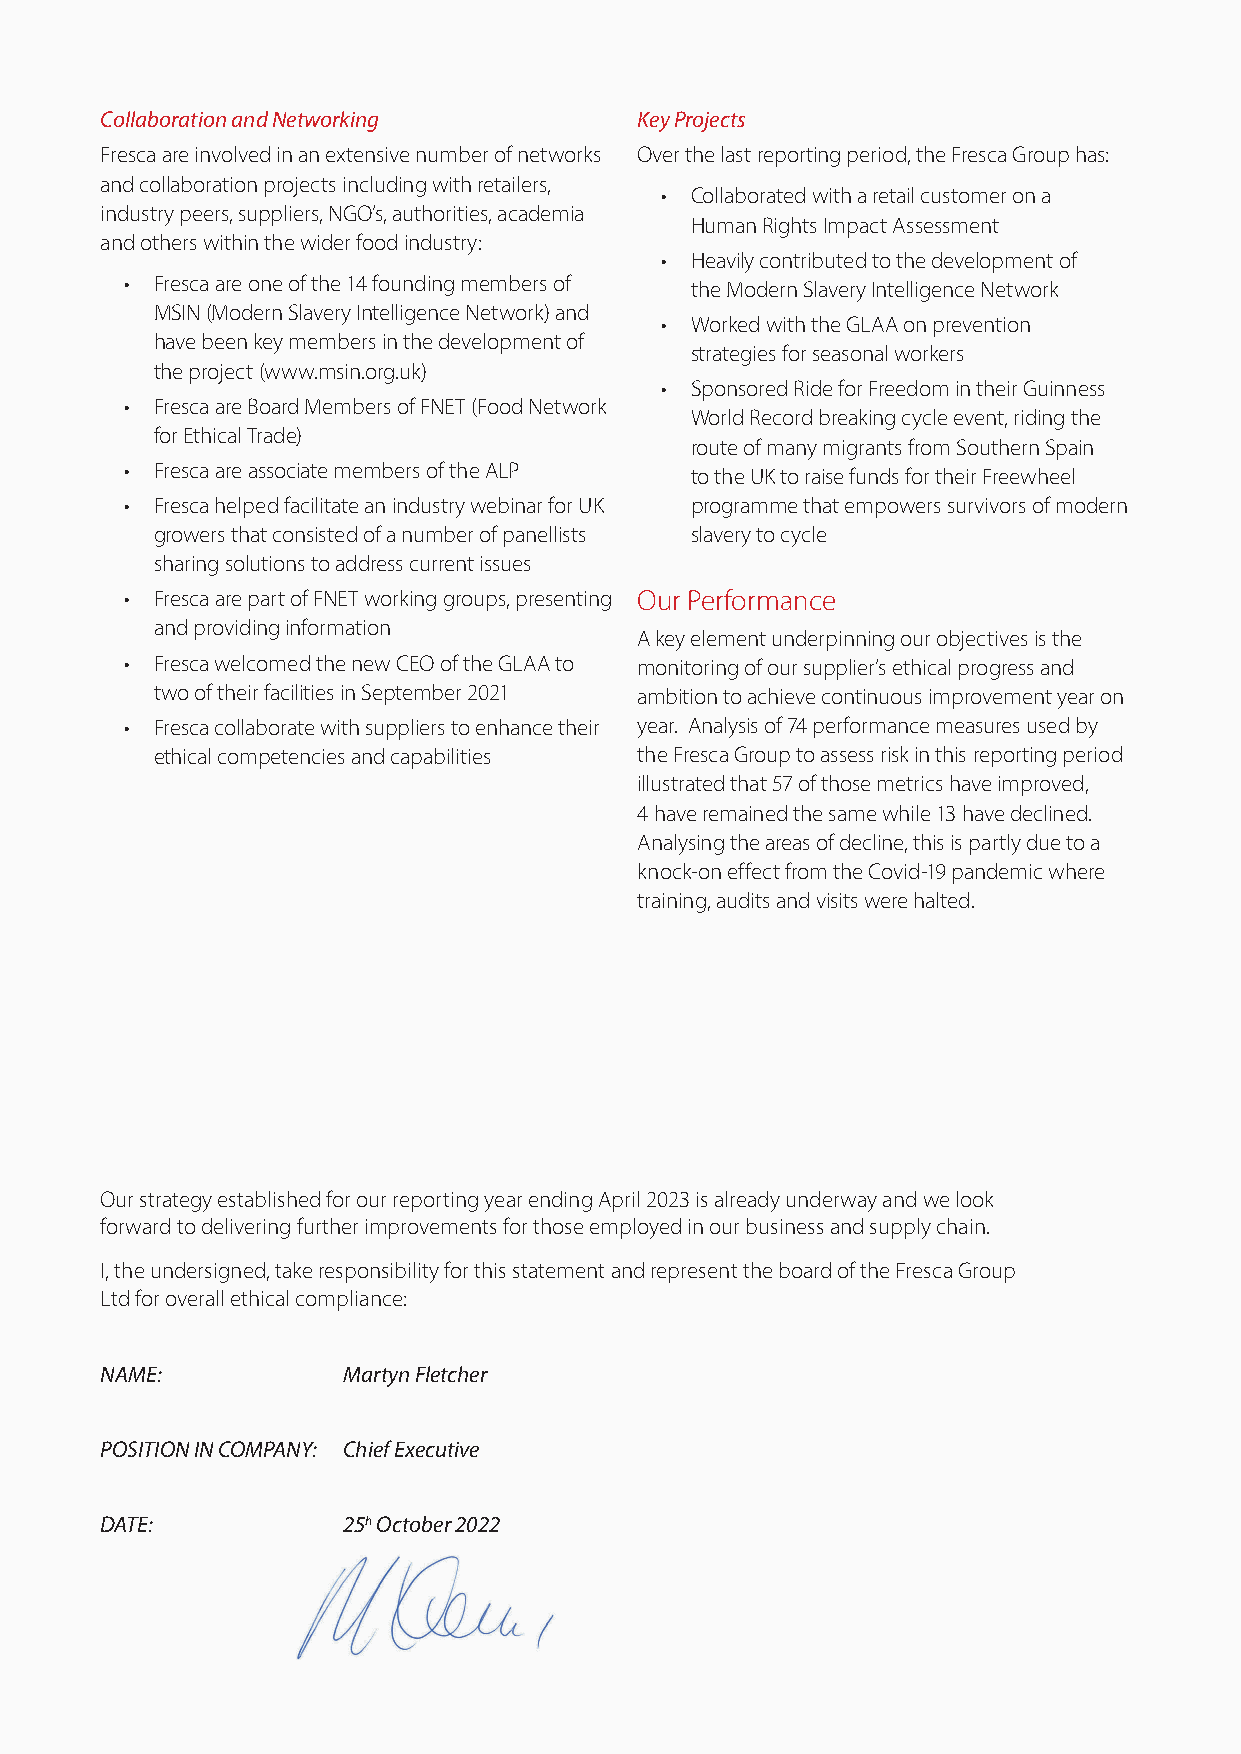
Collaboration and Networking       Key Projects
 Fresca are involved in an extensive number of networks Over the last reporting period, the Fresca Group has:
 and collaboration projects including with retailers,
 • Collaborated with a retail customer on a
 industry peers, suppliers, NGO’s, authorities, academia
 Human Rights Impact Assessment
 and others within the wider food industry:
 • Heavily contributed to the development of
 • Fresca are one of the 14 founding members of the Modern Slavery Intelligence Network
 MSIN (Modern Slavery Intelligence Network) and
 • Worked with the GLAA on prevention
 have been key members in the development of
 strategies for seasonal workers
 the project (www.msin.org.uk)
 • Sponsored Ride for Freedom in their Guinness
 • Fresca are Board Members of FNET (Food Network
 World Record breaking cycle event, riding the
 for Ethical Trade)
 route of many migrants from Southern Spain
 • Fresca are associate members of the ALP to the UK to raise funds for their Freewheel
 • Fresca helped facilitate an industry webinar for UK programme that empowers survivors of modern
 growers that consisted of a number of panellists slavery to cycle
 sharing solutions to address current issues
 • Fresca are part of FNET working groups, presenting Our Performance
 and providing information
 A key element underpinning our objectives is the
 • Fresca welcomed the new CEO of the GLAA to monitoring of our supplier’s ethical progress and
 two of their facilities in September 2021 ambition to achieve continuous improvement year on
 • Fresca collaborate with suppliers to enhance their year. Analysis of 74 performance measures used by
 ethical competencies and capabilities the Fresca Group to assess risk in this reporting period
 illustrated that 57 of those metrics have improved,
 4 have remained the same while 13 have declined.
 Analysing the areas of decline, this is partly due to a
 knock-on effect from the Covid-19 pandemic where
 training, audits and visits were halted.
 Our strategy established for our reporting year ending April 2023 is already underway and we look
 forward to delivering further improvements for those employed in our business and supply chain.
 I, the undersigned, take responsibility for this statement and represent the board of the Fresca Group
 Ltd for overall ethical compliance:
 NAME:           Martyn Fletcher
 POSITION IN COMPANY: Chief Executive
 DATE:           25h October 2022